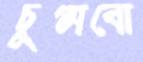
চুপ্‌সবো